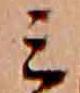
ミ